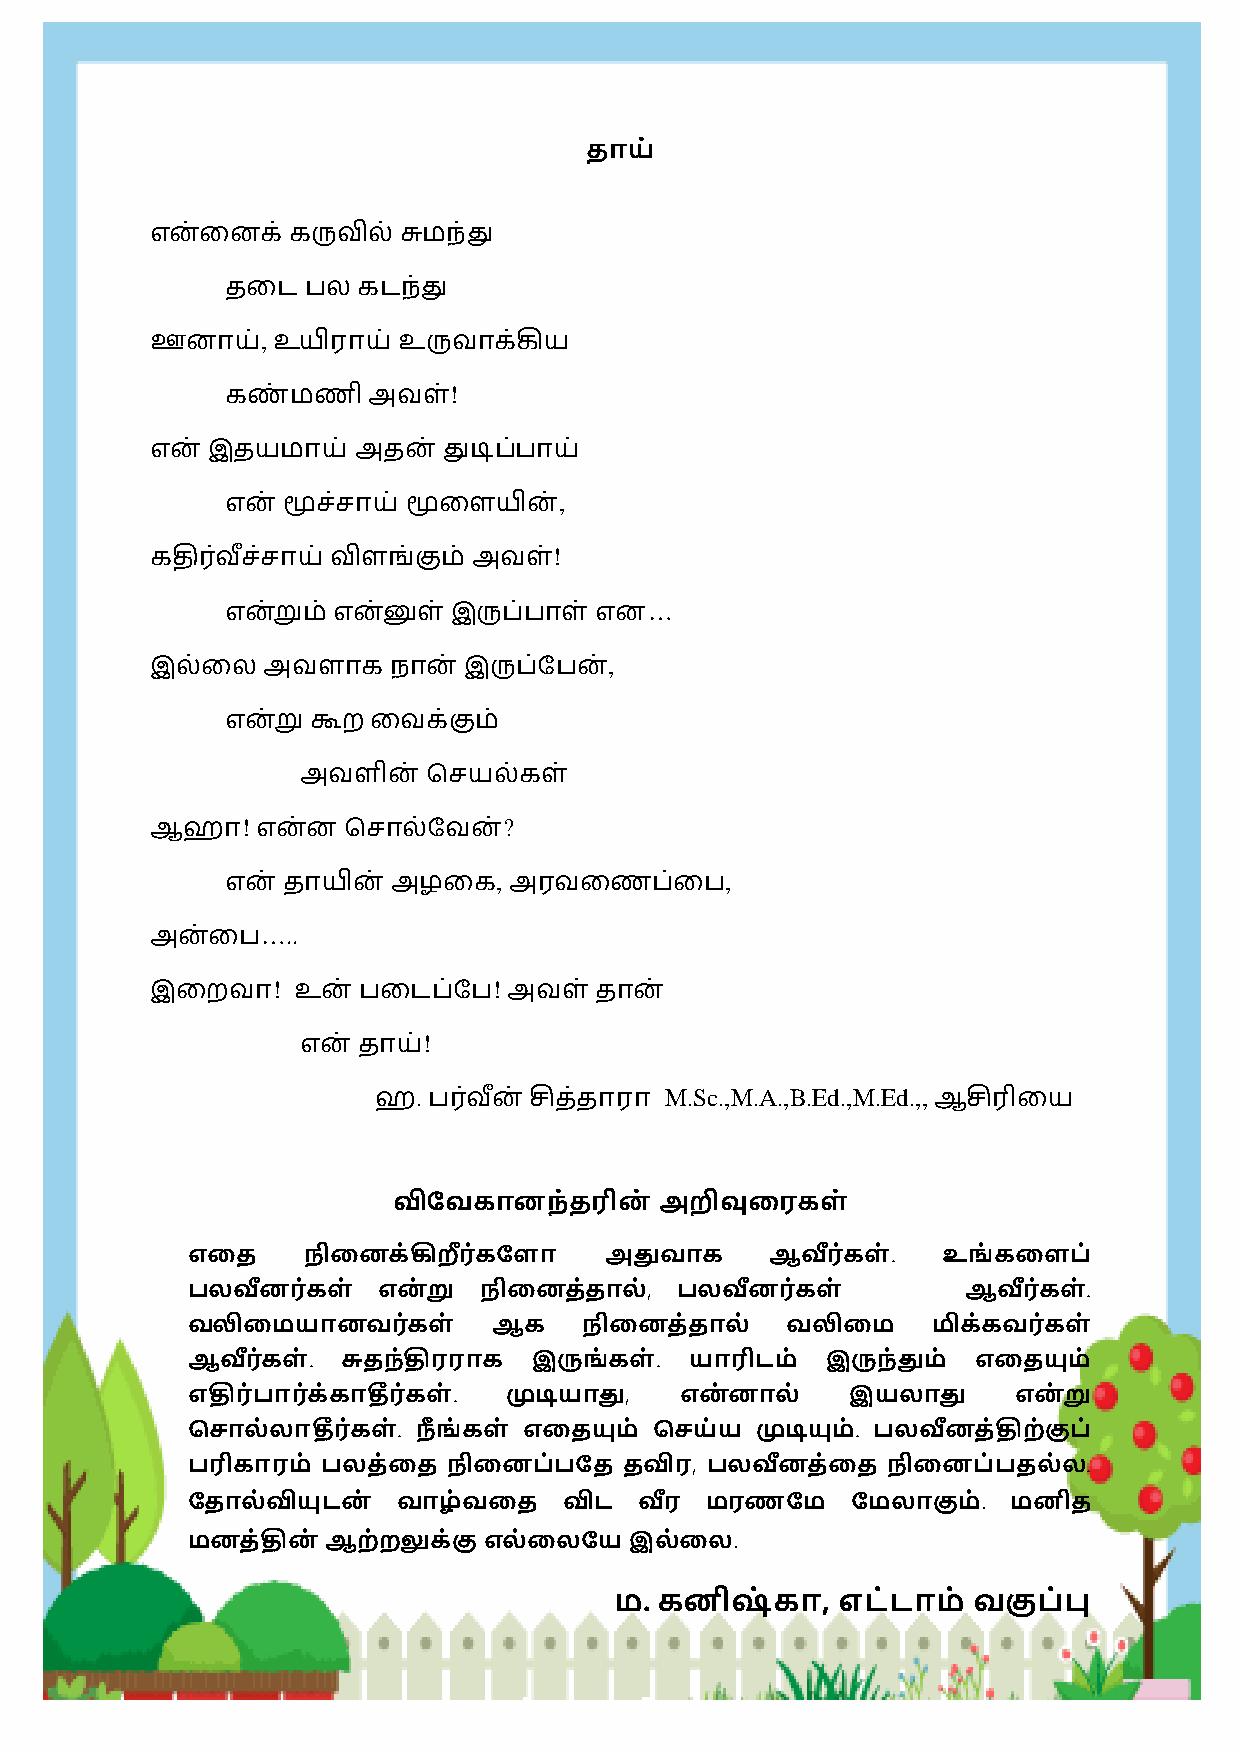
HONEY VIBES
 , உ      உ
 !
 ,
 !
 …
 ,
 !                ?
 ,              ,
 …..
 ! உ            !
 !
 .               M.Sc.,M.A.,B.Ed.,M.Ed.,,
 எதை     நிதைக்கிறீரக் ளளா   அதுவாக     ஆவீரக் ள். உங்கதளப்
 பலவீைரக்  ள் எை்று  நிதைை்ைால்,  பலவீைரக் ள்        ஆவீரக் ள்.
 வலிதமயாைவரக்    ள்   ஆக    நிதைை்ைால்   வலிதம     ப௃க்கவரக் ள்
 ஆவீரக் ள். சுைந்திரராக இருங்கள்.  யாரிடம்  இருந்தும் எதையும்
 எதிரப் ாரக் ்காதீரக் ள். முடியாது, எை்ைால்  இயலாது     எை்று
 சசால்லாதீரக் ள். நீங்கள் எதையும் சசய்ய முடியும். பலவீைை்திற்குப்
 பரிகாரம் பலை்தை   நிதைப்பளை  ைவிர, பலவீைை்தை   நிதைப்பைல்ல.
 ளைால்வியுடை்  வாழ்வதை    விட  வீர  மரணளம    ளமலாகும்.  மைிை
 மைை்திை்  ஆற்றலுக்கு எல்தலளய  இல்தல.
 .          ,
 83